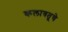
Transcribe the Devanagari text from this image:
कलाबतूचे